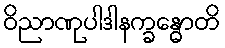
ဝိညာဏုပါဒါနက္ခန္ဓောတိ